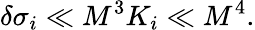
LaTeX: \delta\sigma_{i}\ll M^{3}K_{i}\ll M^{4}.